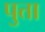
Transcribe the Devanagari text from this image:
पुत्ता